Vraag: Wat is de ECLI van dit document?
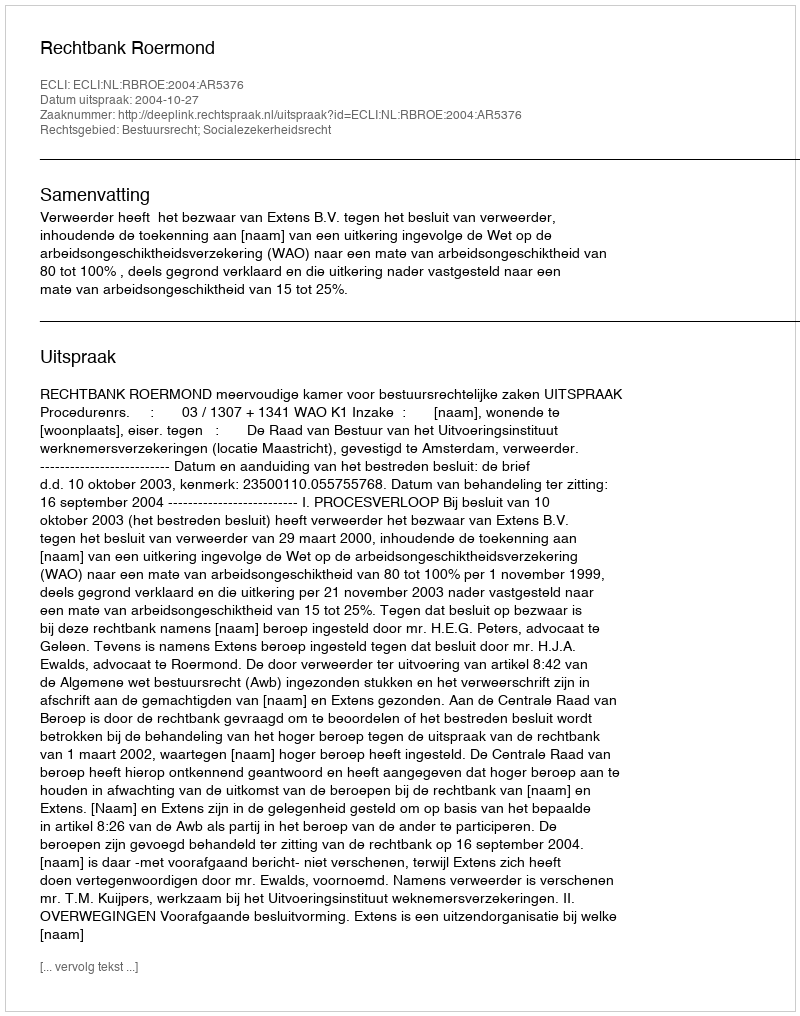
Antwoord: ECLI:NL:RBROE:2004:AR5376